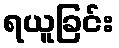
ရယူခြင်း